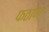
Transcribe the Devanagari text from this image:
फठाण